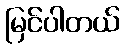
မြင်ပါတယ်